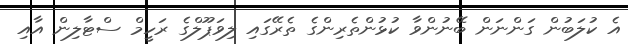
އެ ކުލަބުން ގަންނަން ބޭނުންވާ ކުޅުންތެރިންގެ ތެރޭގައި ލިވަޕޫލްގެ ރަހީމް ސްޓާލިން އާއި